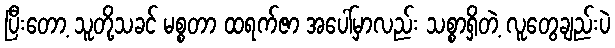
ပြီးတော့ သူတို့သခင် မစ္စတာ ထရက်ဇာ အပေါ်မှာလည်း သစ္စာရှိတဲ့ လူတွေချည်းပဲ